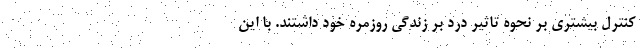
کنترل بیشتری بر نحوه تاثیر درد بر زندگی روزمره خود داشتند. با این